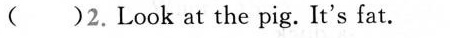
( )2.Look at the pig. It's fat.